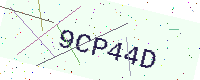
Text: 9CP44D